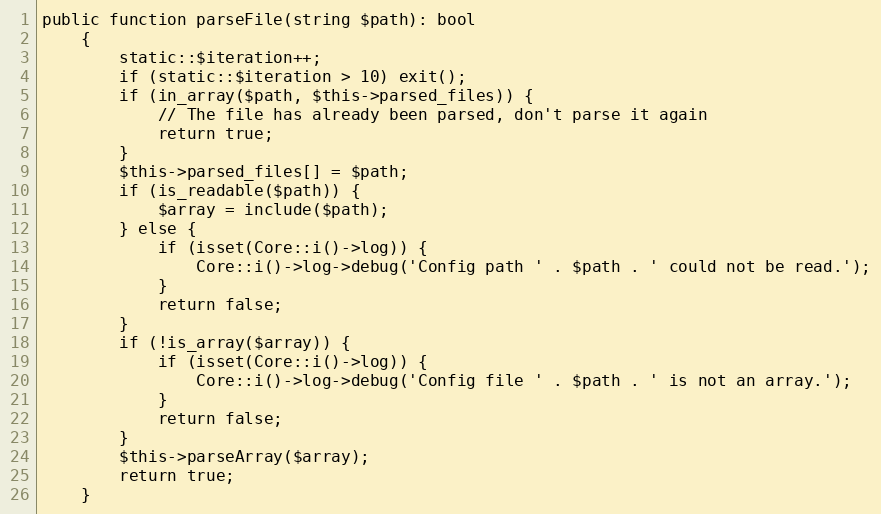
Language: PHP
public function parseFile(string $path): bool
    {
        static::$iteration++;
        if (static::$iteration > 10) exit();
        if (in_array($path, $this->parsed_files)) {
            // The file has already been parsed, don't parse it again
            return true;
        }
        $this->parsed_files[] = $path;
        if (is_readable($path)) {
            $array = include($path);
        } else {
            if (isset(Core::i()->log)) {
                Core::i()->log->debug('Config path ' . $path . ' could not be read.');
            }
            return false;
        }
        if (!is_array($array)) {
            if (isset(Core::i()->log)) {
                Core::i()->log->debug('Config file ' . $path . ' is not an array.');
            }
            return false;
        }
        $this->parseArray($array);
        return true;
    }